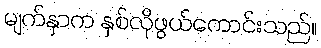
မျက်နှာက နှစ်လိုဖွယ်ကောင်းသည်။